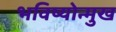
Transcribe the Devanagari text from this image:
भविष्योन्मुख